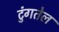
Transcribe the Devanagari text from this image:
टुंगतेल